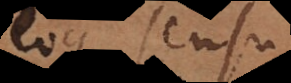
eoque sensu